Scottish Certificate of Education, 1962
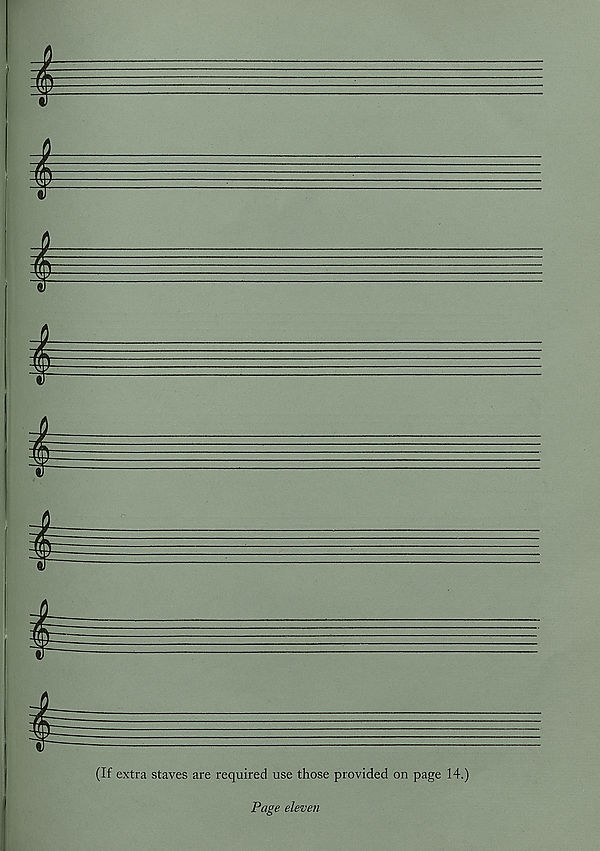
I
I
I
I
I
(If extra staves are required use those provided on page 14.)
Page eleven